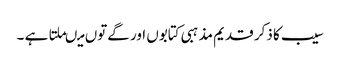
سیب کا ذکر قدیم مذہبی کتابوں اور گےتوں میںملتا ہے ۔